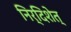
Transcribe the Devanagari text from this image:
निर्दिशेत्